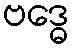
ဗဒ္ဓေ